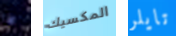
اذا المكسيك تايلر